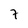
Character: 7